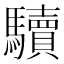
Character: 𩧈